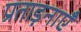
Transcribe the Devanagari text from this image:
प्रताड़नाएँ